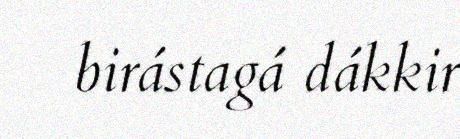
birástagá dákkir